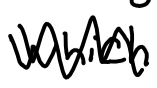
Text: which
Cross-out: zig-zag
Writing tool: digital_black